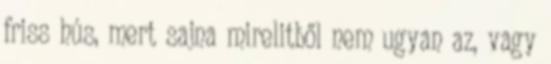
friss hús, mert sajna mirelitből nem ugyan az, vagy